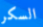
السكر